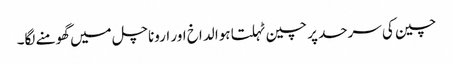
چین کی سرحد پر چین ٹہلتا ہوا لداخ اور اروناچل میں گھومنے لگا۔